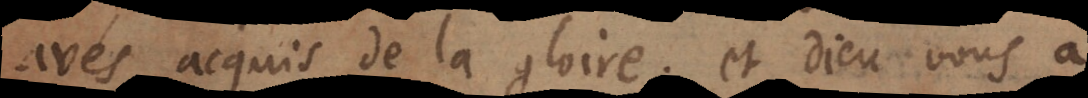
avés acquis de la gloire: et Dieu vous a